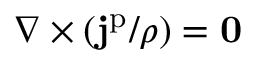
\nabla \times ( \mathbf { j } ^ { \mathrm { p } } / \rho ) = \mathbf { 0 }